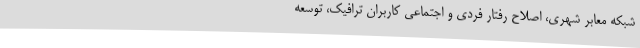
شبکه معابر شهری، اصلاح رفتار فردی و اجتماعی کاربران ترافیک، توسعه